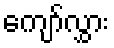
ကျော်လွှား